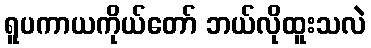
ရူပကာယကိုယ်တော် ဘယ်လိုထူးသလဲ